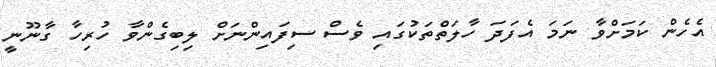
އެހެން ކަމަށްވާ ނަމަ އެފަދަ ހާލަތްތަކުގައި ވެސް ސިފައިންނަށް ލިބިގެންވާ ހުރިހާ ގާނޫނީ